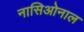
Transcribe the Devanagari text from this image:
नासिओनाल